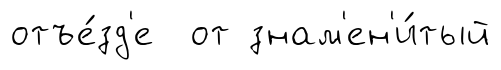
отъе́зд'е от знам'ен'и́тый